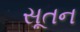
સૂતન